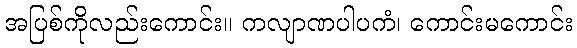
အပြစ်ကိုလည်းကောင်း။ ကလျာဏပါပကံ၊ ကောင်းမကောင်း